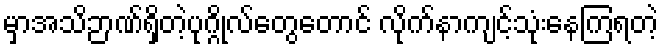
မှာအသိဉာဏ်ရှိတဲ့ပုဂ္ဂိုလ်တွေတောင် လိုက်နာကျင့်သုံးနေကြရတဲ့